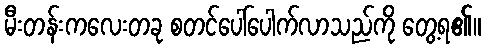
မီးတန်းကလေးတခု စတင်ပေါ်ပေါက်လာသည်ကို တွေ့ရ၏။